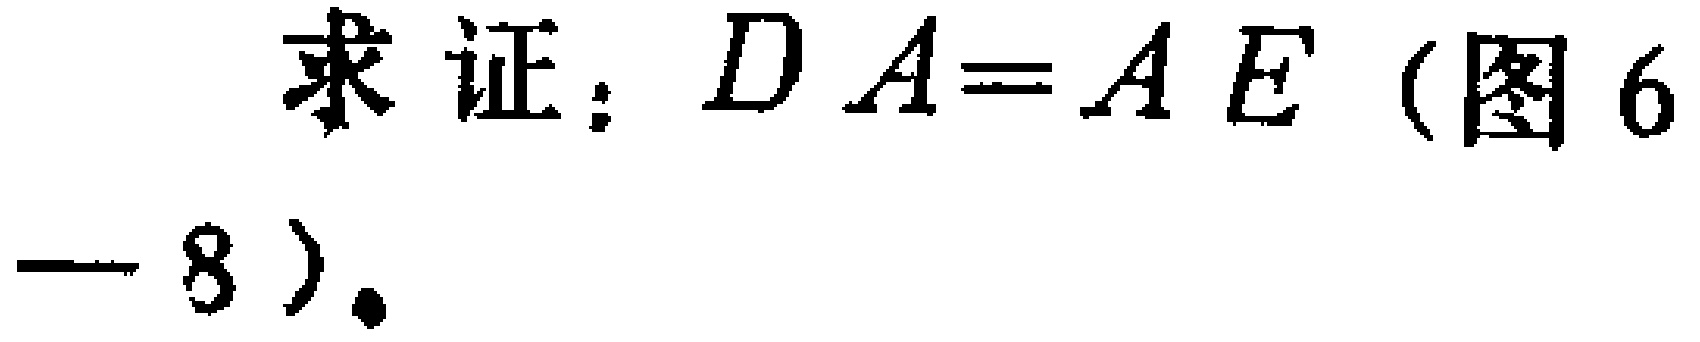
求证：\(DA = AE\)（图6 - 8）。